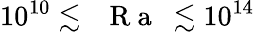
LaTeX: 10^{10}\lesssim\mathrm{~\textit~{~R~a~}~}\lesssim 10^{14}